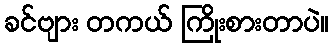
ခင်ဗျား တကယ် ကြိုးစားတာပဲ။